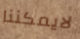
لايمكننا